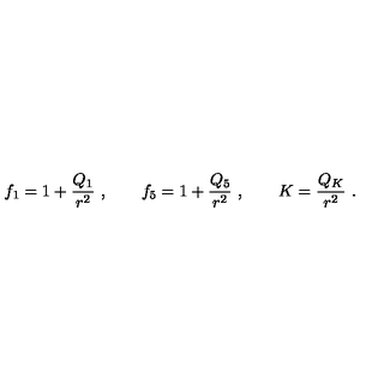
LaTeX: f _ { 1 } = 1 + { \frac { Q _ { 1 } } { r ^ { 2 } } } \ , \qquad f _ { 5 } = 1 + { \frac { Q _ { 5 } } { r ^ { 2 } } } \ , \qquad K = { \frac { Q _ { K } } { r ^ { 2 } } } \ .